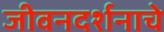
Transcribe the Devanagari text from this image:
जीवनदर्शनाचे